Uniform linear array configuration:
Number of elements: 32
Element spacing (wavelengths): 0.25
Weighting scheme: uniform
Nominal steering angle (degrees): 60
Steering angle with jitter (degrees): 60.036
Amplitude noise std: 0.05
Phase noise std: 0.05

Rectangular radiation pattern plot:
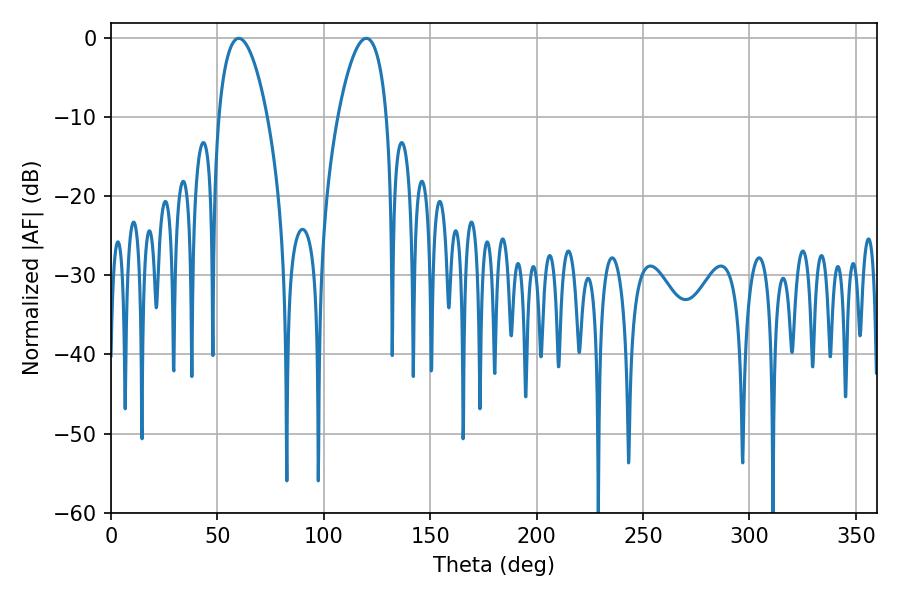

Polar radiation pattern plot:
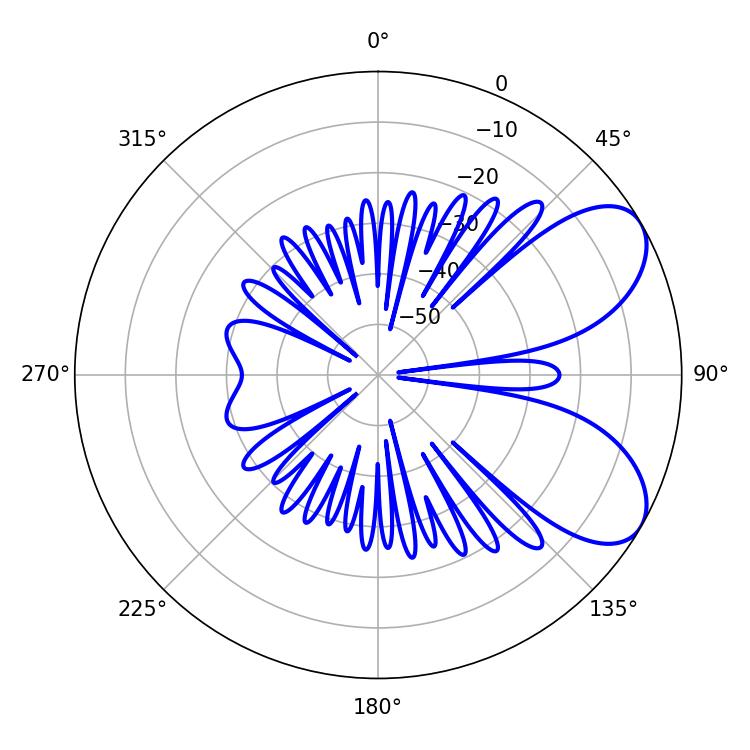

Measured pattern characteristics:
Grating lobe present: FALSE
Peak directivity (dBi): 6.781
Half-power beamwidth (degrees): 12.96
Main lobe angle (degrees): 59.94